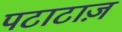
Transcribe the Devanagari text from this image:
पटाटाज़